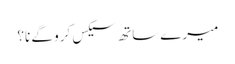
میرے ساتھ سیکس کرو گے نا؟